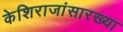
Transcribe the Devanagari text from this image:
केशिराजांसारख्या